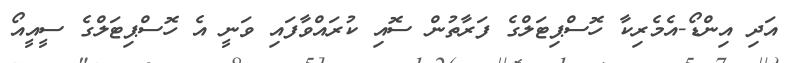
އަދި އިންޑޯ-އެމެރިކާ ހޮސްޕިޓަލްގެ ފަރާތުން ސޮއި ކުރައްވާފައި ވަނީ އެ ހޮސްޕިޓަލްގެ ސީއީއޯ